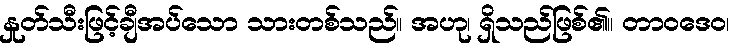
နှုတ်သီးဖြင့်ချီအပ်သော သားတစ်သည်။ အဟု၊ ရှိသည်ဖြစ်၏။ တာဝဒေဝ၊